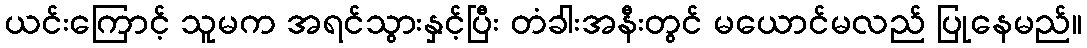
ယင်းကြောင့် သူမက အရင်သွားနှင့်ပြီး တံခါးအနီးတွင် မယောင်မလည် ပြုနေမည်။